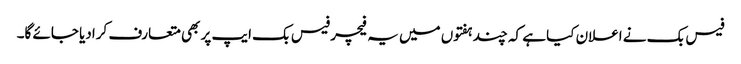
فیس بک نے اعلان کیا ہے کہ چند ہفتوں میں یہ فیچر فیس بک ایپ پر بھی متعارف کرادیا جائے گا۔